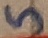
Text: 5